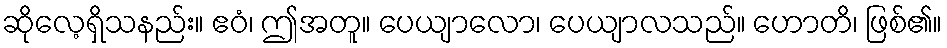
ဆိုလေ့ရှိသနည်း။ ဧဝံ၊ ဤအတူ။ ပေယျာလော၊ ပေယျာလသည်။ ဟောတိ၊ ဖြစ်၏။